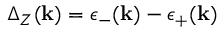
\Delta _ { Z } ( \mathbf { k } ) = \epsilon _ { - } ( \mathbf { k } ) - \epsilon _ { + } ( \mathbf { k } )